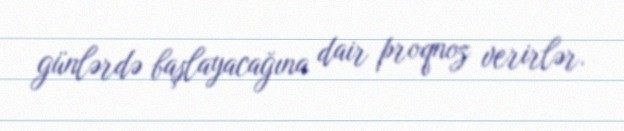
günlərdə başlayacağına dair proqnoz verirlər.